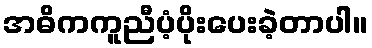
အဓိကကူညီပံ့ပိုးပေးခဲ့တာပါ။